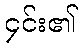
၄င်း၏